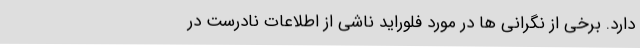
دارد. برخی از نگرانی ها در مورد فلوراید ناشی از اطلاعات نادرست در